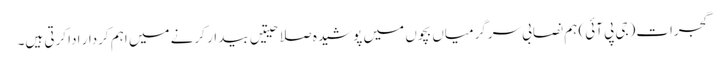
گجرات(جی پی آئی) ہم نصابی سرگرمیاں بچوں میں پوشیدہ صلاحیتیں بیدار کرنے میں اہم کردار ادا کرتی ہیں۔